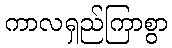
ကာလရှည်ကြာစွာ